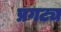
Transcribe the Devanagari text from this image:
प्रगट्य